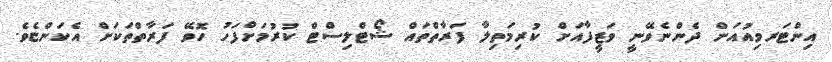
އިންޓަރވިއުއަށް ދެންނެވޭނީ ވަޒީފާއަށް ކުރިމަތިލާ ފަރާތްތައް ޝޯޓްލިސްޓް ކުރުމަށްފަހު ހޮވޭ ފަރާތްތަކަށް އެކަންޏެވެ.